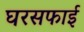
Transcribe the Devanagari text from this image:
घरसफाई